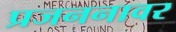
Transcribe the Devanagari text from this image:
प्रजननावर